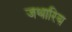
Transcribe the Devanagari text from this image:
जथारिय